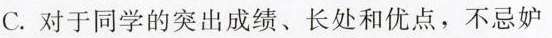
C.对于同学的突出成绩、长处和优点，不忌妒